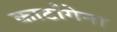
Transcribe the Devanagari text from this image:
कार्टागेना